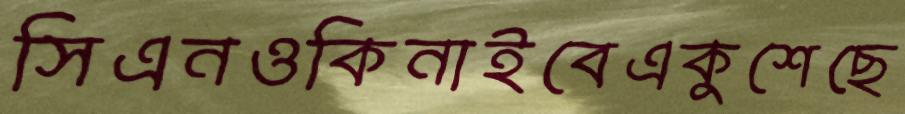
সিএনওকিনাইবেএকুশেছে